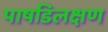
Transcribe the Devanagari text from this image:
पाषडिलक्षण